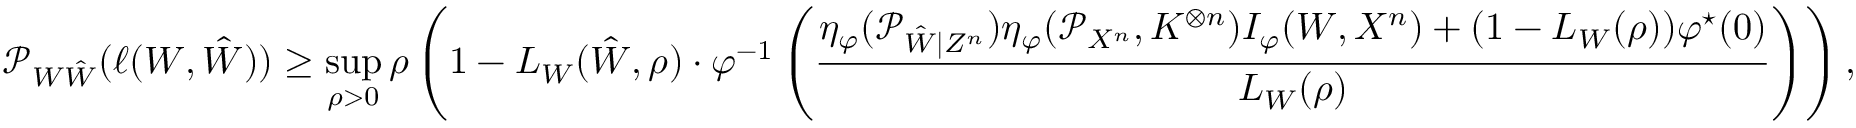
\mathcal { P } _ { W \hat { W } } ( \ell ( W , \hat { W } ) ) \geq \operatorname* { s u p } _ { \rho > 0 } \rho \left( 1 - L _ { W } ( \hat { W } , \rho ) \cdot \varphi ^ { - 1 } \left( \frac { \eta _ { \varphi } ( \mathcal { P } _ { \hat { W } | Z ^ { n } } ) \eta _ { \varphi } ( \mathcal { P } _ { X ^ { n } } , K ^ { \otimes n } ) I _ { \varphi } ( W , X ^ { n } ) + ( 1 - L _ { W } ( \rho ) ) \varphi ^ { \star } ( 0 ) } { L _ { W } ( \rho ) } \right) \right) ,